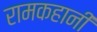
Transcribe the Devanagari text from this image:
रामकहानी